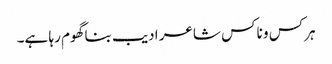
ہرکس و ناکس شاعر ادیب بنا گھوم رہا ہے۔